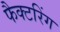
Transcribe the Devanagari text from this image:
फैक्टरिंग